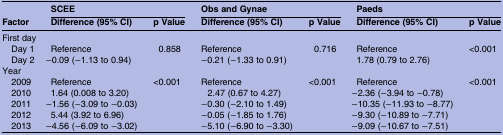
<table><thead><tr><td>[EMPTY_CELL]</td><td colspan="2"><b>SCEE</b></td><td colspan="2"><b>Obs and Gynae</b></td><td colspan="2"><b>Paeds</b></td></tr><tr><td><b>Factor</b></td><td><b>Difference (95% CI)</b></td><td><b>p Value</b></td><td><b>Difference (95% CI)</b></td><td><b>p Value</b></td><td><b>Difference (95% CI)</b></td><td><b>p Value</b></td></tr></thead><tbody><tr><td colspan="7">First day</td></tr><tr><td> Day 1</td><td>Reference</td><td rowspan="2">0.858</td><td>Reference</td><td rowspan="2">0.716</td><td>Reference</td><td rowspan="2">&lt;0.001</td></tr><tr><td> Day 2</td><td>−0.09 (−1.13 to 0.94)</td><td>−0.21 (−1.33 to 0.91)</td><td>1.78 (0.79 to 2.76)</td></tr><tr><td colspan="7">Year</td></tr><tr><td> 2009</td><td>Reference</td><td rowspan="5">&lt;0.001</td><td>Reference</td><td rowspan="5">&lt;0.001</td><td>Reference</td><td rowspan="5">&lt;0.001</td></tr><tr><td> 2010</td><td>1.64 (0.008 to 3.20)</td><td>2.47 (0.67 to 4.27)</td><td>−2.36 (−3.94 to −0.78)</td></tr><tr><td> 2011</td><td>−1.56 (−3.09 to −0.03)</td><td>−0.30 (−2.10 to 1.49)</td><td>−10.35 (−11.93 to −8.77)</td></tr><tr><td> 2012</td><td>5.44 (3.92 to 6.96)</td><td>−0.05 (−1.85 to 1.76)</td><td>−9.30 (−10.89 to −7.71)</td></tr><tr><td> 2013</td><td>−4.56 (−6.09 to −3.02)</td><td>−5.10 (−6.90 to −3.30)</td><td>−9.09 (−10.67 to −7.51)</td></tr></tbody></table>